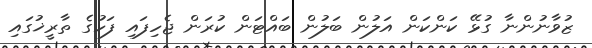
ޒުވާނުންނާ ގުޅޭ ކަންކަން އަލުން ބަލުން ބައްޓަން ކުރަން ޖެހިފައި ފަހުގެ ތާރީޚުގައި